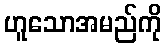
ဟူသောအမည်ကို